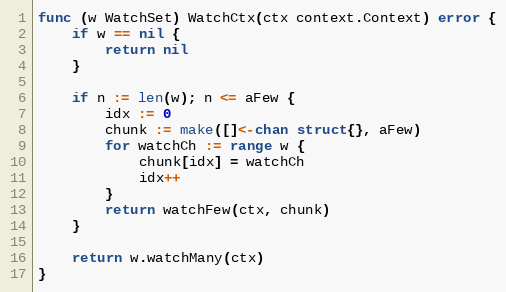
Language: Go
func (w WatchSet) WatchCtx(ctx context.Context) error {
	if w == nil {
		return nil
	}

	if n := len(w); n <= aFew {
		idx := 0
		chunk := make([]<-chan struct{}, aFew)
		for watchCh := range w {
			chunk[idx] = watchCh
			idx++
		}
		return watchFew(ctx, chunk)
	}

	return w.watchMany(ctx)
}